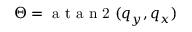
\Theta = \textrm { a t a n 2 } ( q _ { y } , q _ { x } )